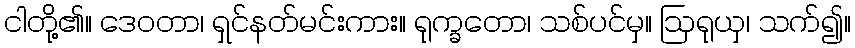
ငါတို့၏။ ဒေဝတာ၊ ရှင်နတ်မင်းကား။ ရုက္ခတော၊ သစ်ပင်မှ။ ဩရုယှ၊ သက်၍။